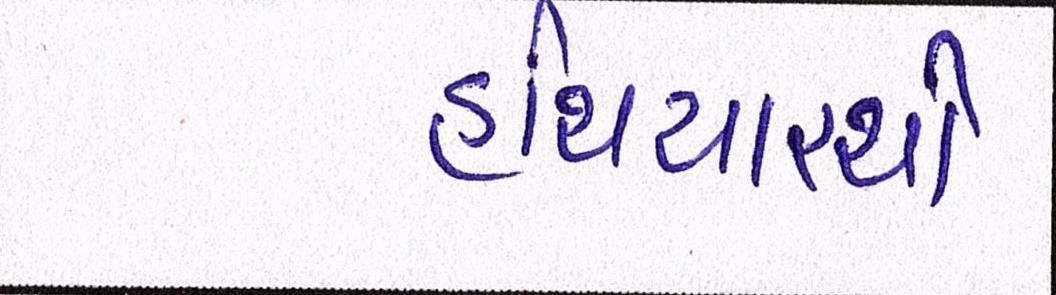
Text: હથિયારથી